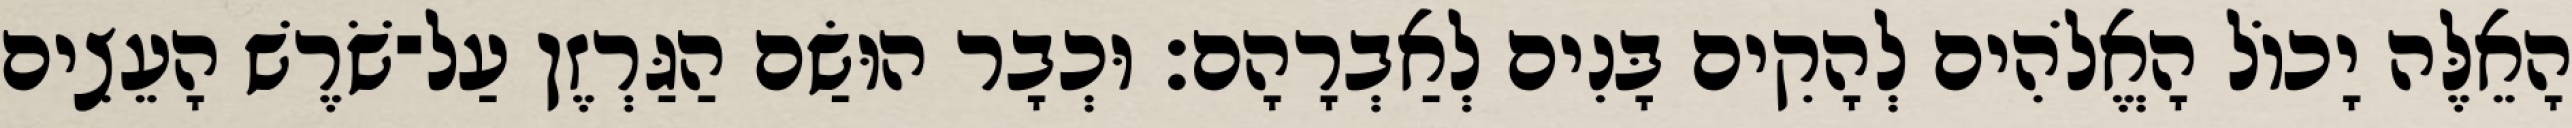
הָאֵלֶּה יָכוֹל הָאֱלֹהִים לְהָקִים בָּנִים לְאַבְרָהָם׃ וּכְבָר הוּשַׂם הַגַּרְזֶן עַל־שֹׁרֶשׁ הָעֵצִים